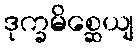
ဒုက္ခမိစ္ဆေယျ